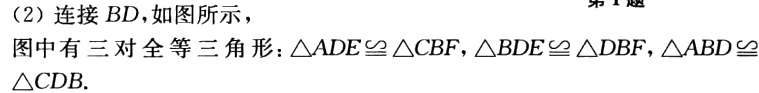
(2) 连接 \(BD\)，如图所示，
图中有三对全等三角形：\(\triangle ADE\cong\triangle CBF\)，\(\triangle BDE\cong\triangle DBF\)，\(\triangle ABD\cong\triangle CDB\).